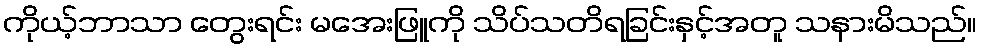
ကိုယ့်ဘာသာ တွေးရင်း မအေးဖြူကို သိပ်သတိရခြင်းနှင့်အတူ သနားမိသည်။